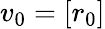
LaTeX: v_{0}=\left[r_{0}\right]